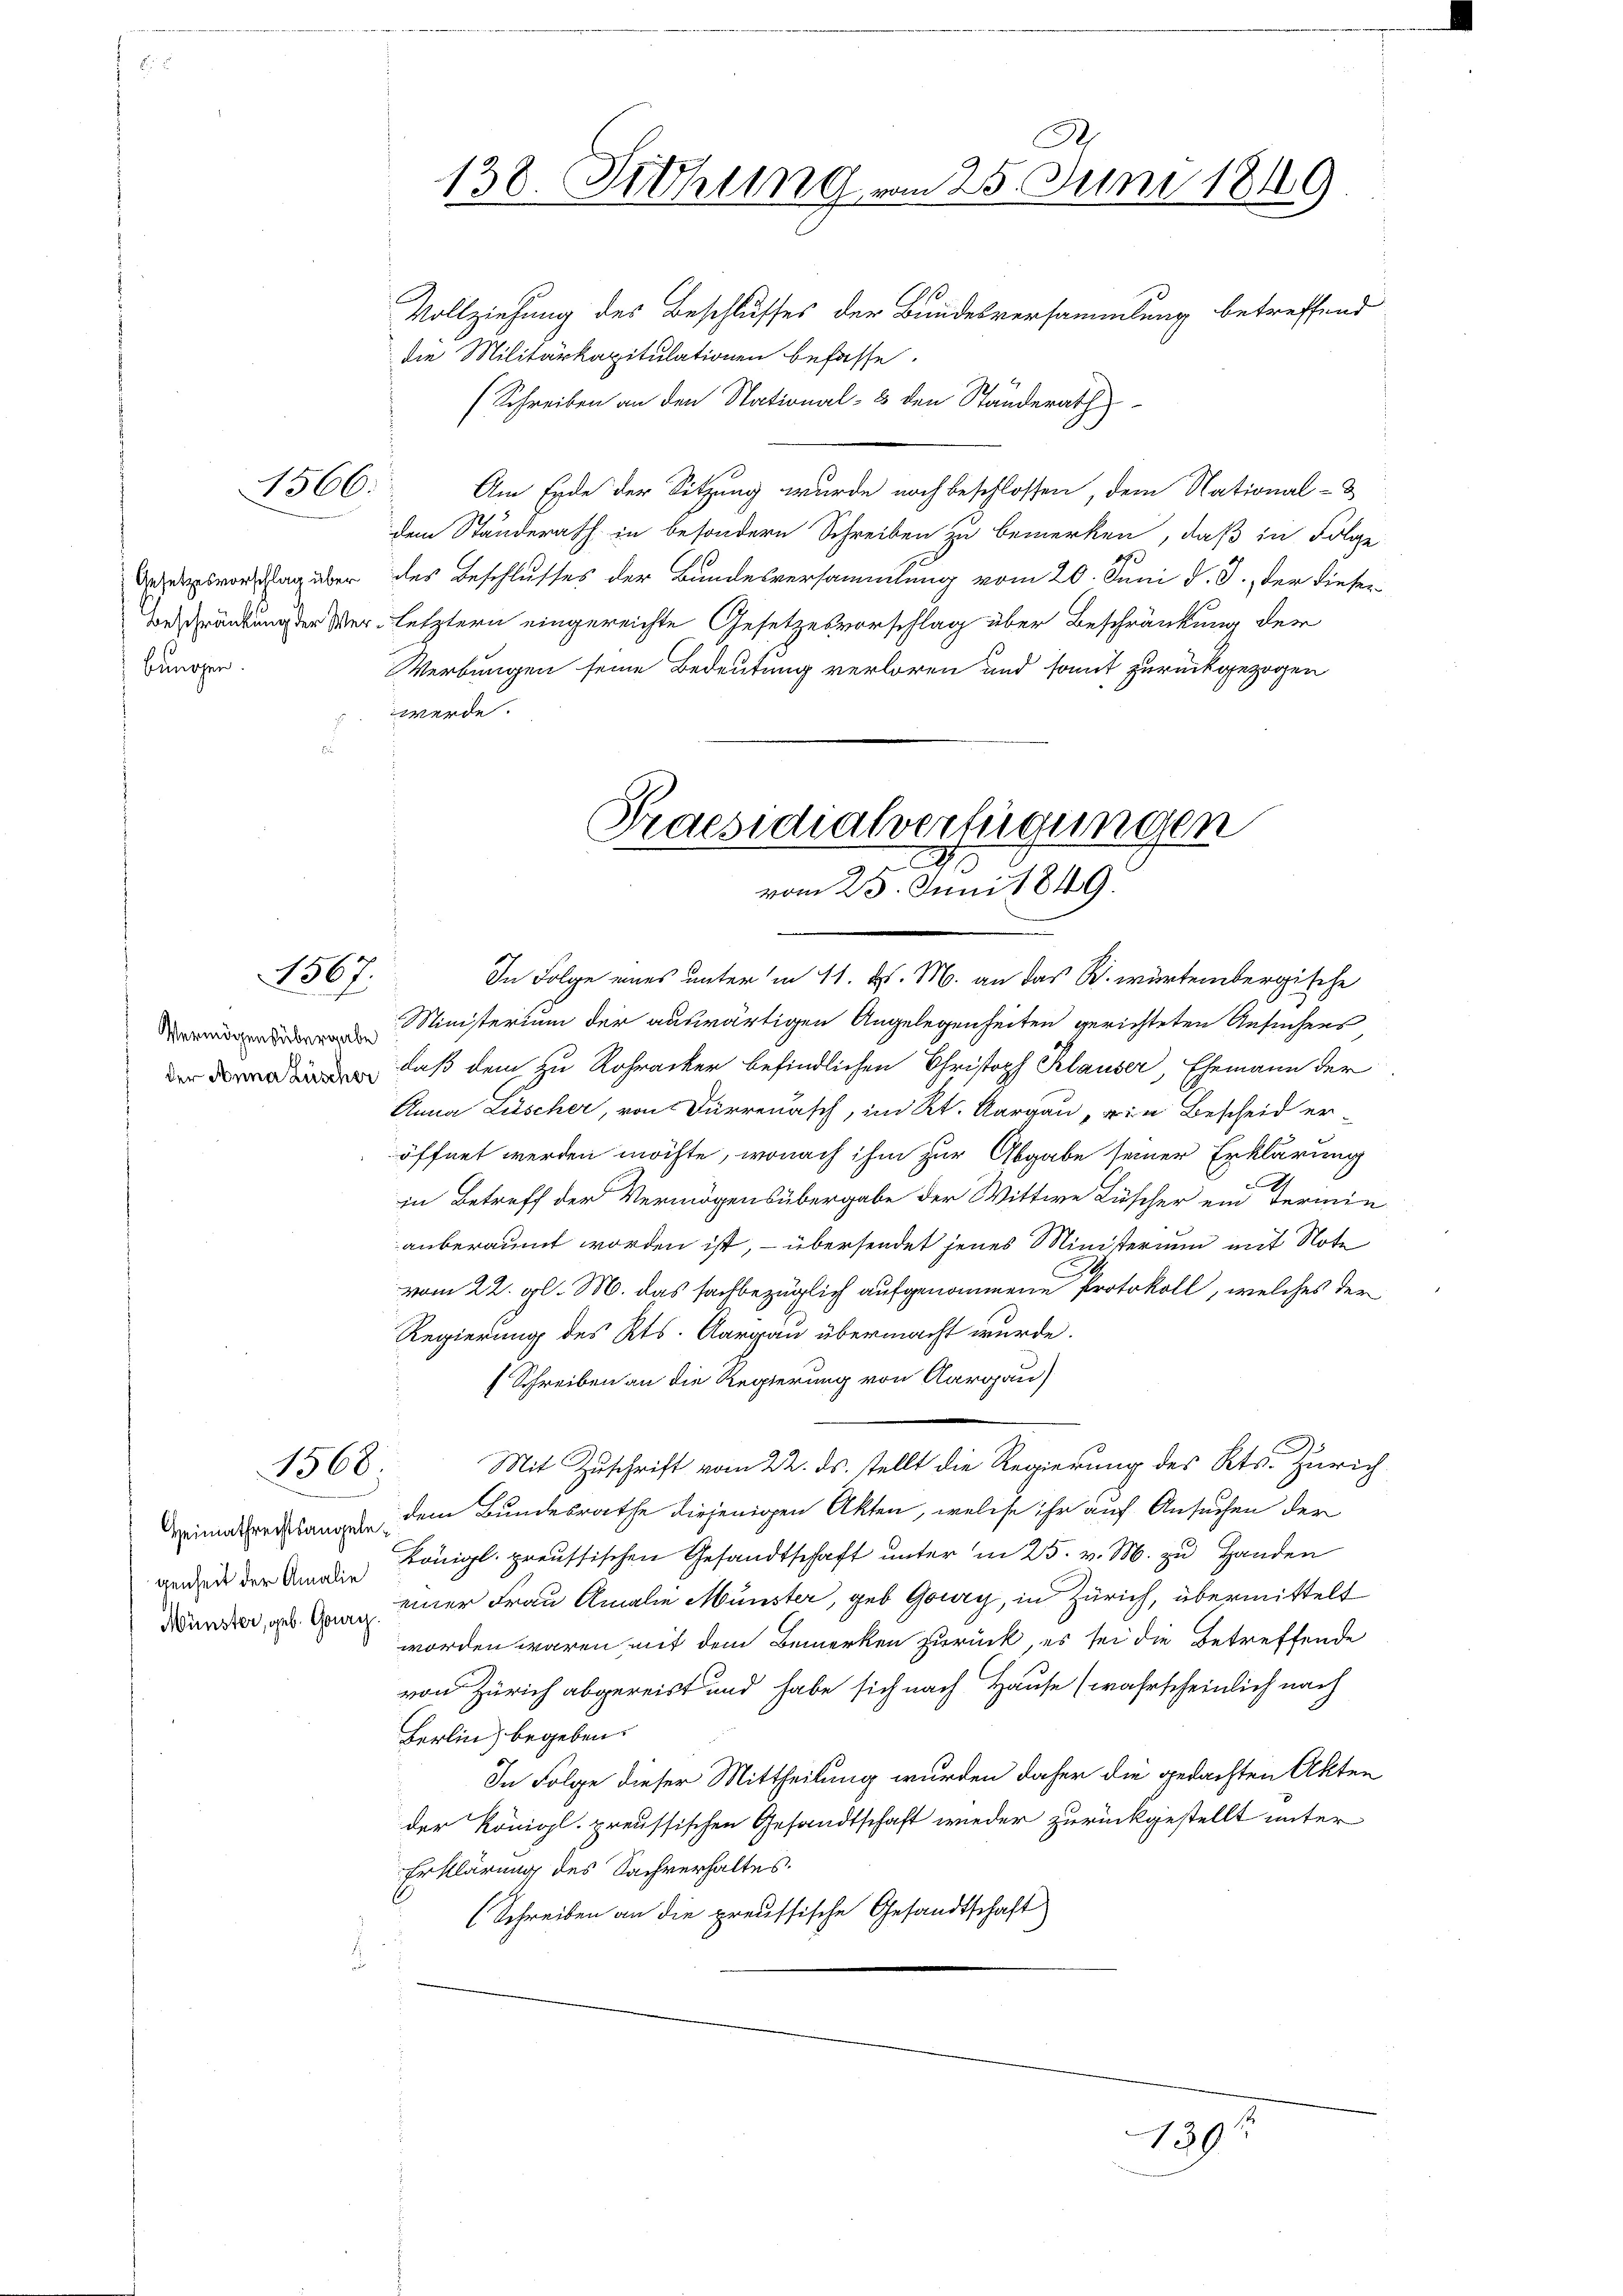
Beb

bungen.

1367.

1368.

A
138. Sitzung vom 25. Juni 1849
Vollziehung des Beschlusses der Bundesversammlung betreffend
die Militärkapitulationen befasse.
(Schreiben an den Stational- & den Ständerath

Am Ende der Sitzung wurde noch beschlossen, dem National- &
dem Ständerath in besondern Schreiben zu bemerken, daß in Folge
Daepsvorstag über des Beschlusses der Bundesversammlung vom 20. Juni d. J., der dieser¬
Beschränkung der Verletztern eingereichte Gesetzesvorschlag über Beschränkung der
Werbungen seine Bedeutung verloren und somit zurückgezogen
werde.

Praesidialverfügungen
vom 25. Juni 1849.
In Folge eines unter in 11. d. M. an das R. würtembergische

Mit Zuschrift vom 22. ds. stellt die Regierung des Kts. Zürich

139

Ministerium der auswärtigen Angelegenheiten gerichteten Ansuchens
, daß dem zu Rohracker befindlichen Christoph Klauser, Ehemann der
Anna Lüscher, von Dürrenasch, im Kt. Aargau, die Bescheid eröffnet werden möchte, wonach ihm zur Abgabe seiner Erklärung
in Betreff der Vermögensübergabe der Wittwe Lüscher ein Termin
anberaumt worden ist, – übersendet jenes Ministerium mit Note
vom 22. gl. M. das sachbezüglich aufgenommene Protokoll, welches der
Regierung des Kts. Aargau übermacht wurde.
Schreiben an die Regierung von Aargau)
eimaterlangen dem Bundesrathe diejenigen Akten, welche ihr auf Ansuchen der
genzen der Amaden Königl. preussischen Gesandtschaft ŭnter in 25. v. M. zŭ Handen
Dann aus den einer Frau Amalie Münster, geb. Goury, in Zürich, übermittelt
worden waren mit dem Bemerken zurück, es sei die Betreffende
von Zürich abgereist und habe sich nach Hause (wahrscheinlich nach
Berlin begeben.
In Folge dieser Mittheilung wurden daher die gedachten Akten
der Königl. preussischen Gesandtschaft wieder zurückgestellt unter
Erklärung des Sachverhaltes.
Schreiben an die preussische Gesandtschaft